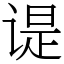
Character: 𬤊